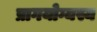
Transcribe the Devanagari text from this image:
प्रागयोग्यस्य